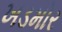
ખડમોર